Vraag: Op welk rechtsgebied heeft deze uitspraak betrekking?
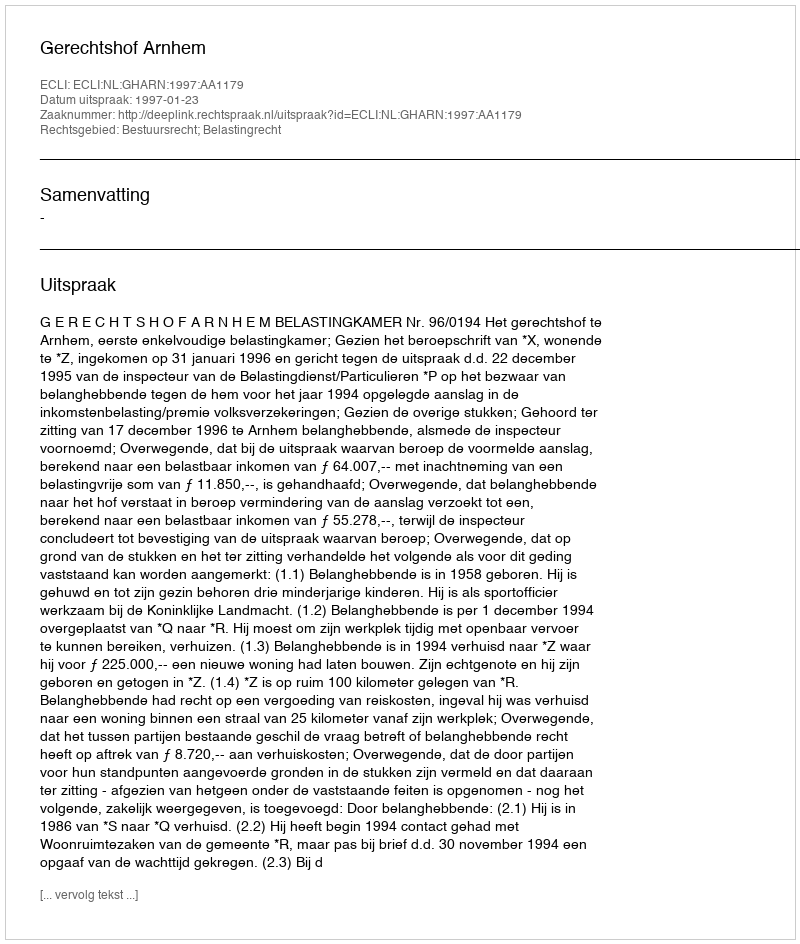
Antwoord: Bestuursrecht; Belastingrecht